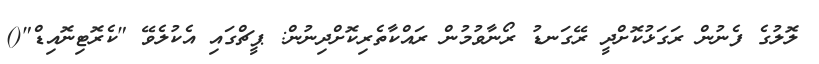
ލޮލުގެ ފެނުން ރަގަޅުކޮށްދީ ރޭގަނޑު ރޯނާވުމުން ރައްކާތެރިކޮށްދިނުން: ޕީޗްގައި އެކުލެވޭ "ކެރޮޓިނޮއިޑް"()